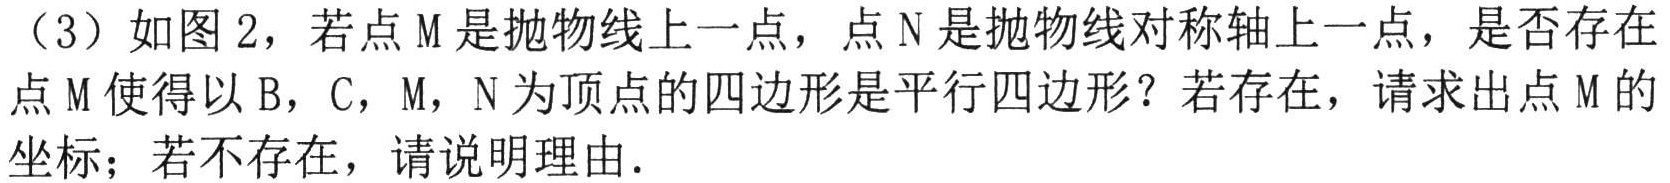
（3）如图 2，若点\(M\)是抛物线上一点，点\(N\)是抛物线对称轴上一点，是否存在点\(M\)使得以\(B\)，\(C\)，\(M\)，\(N\)为顶点的四边形是平行四边形？若存在，请求出点\(M\)的坐标；若不存在，请说明理由.